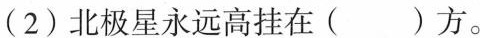
(2) 北极星永远高挂在( )方。